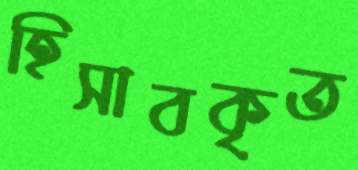
হিসাবকৃত